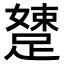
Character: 𨃢